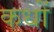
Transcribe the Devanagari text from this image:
कधों